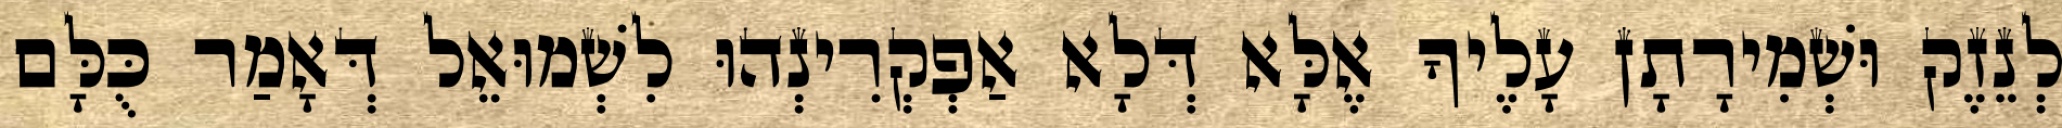
לְנֵזֶק וּשְׁמִירָתָן עָלֶיךָ אֶלָּא דְּלָא אַפְקְרִינְהוּ לִשְׁמוּאֵל דְּאָמַר כֻּלָּם